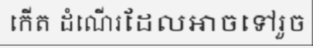
កើត ដំណើរដែលអាចទៅរួច